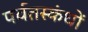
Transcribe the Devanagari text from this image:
पर्वतस्कंधों